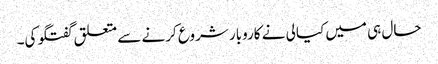
حال ہی میں کیالی نے کاروبار شروع کرنے سے متعلق گفتگو کی۔